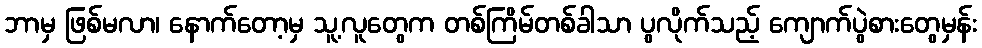
ဘာမှ ဖြစ်မလာ၊ နောက်တော့မှ သူ့လူတွေက တစ်ကြိမ်တစ်ခါသာ ပွလိုက်သည့် ကျောက်ပွဲစားတွေမှန်း